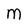
Character: m